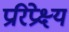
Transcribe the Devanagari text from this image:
प्ररिप्रेक्ष्य